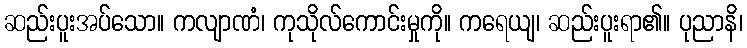
ဆည်းပူးအပ်သော။ ကလျာဏံ၊ ကုသိုလ်ကောင်းမှုကို။ ကရေယျ၊ ဆည်းပူးရာ၏။ ပုညာနိ၊